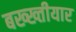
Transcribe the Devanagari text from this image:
बख्ख्तीयार